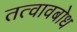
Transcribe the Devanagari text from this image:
तत्वावबोध